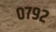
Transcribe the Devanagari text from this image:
०७९२